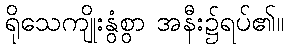
ရိုသေကျိုးနွံစွာ အနီး၌ရပ်၏။